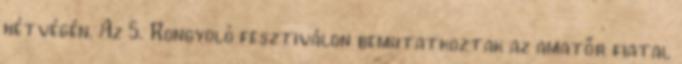
hétvégén. Az 5. Rongyoló fesztiválon bemutatkoztak az amatőr fiatal